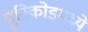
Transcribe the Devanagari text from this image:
युनिकोडमध्‍ये